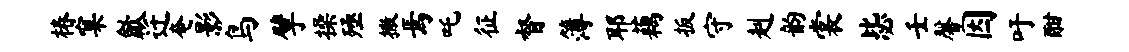
椿窠歙迁奄影鸟擘操殛撒焉吒征督簿耶藕扳守赳韵裳毖壬馨因吁酣